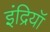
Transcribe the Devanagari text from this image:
इंद्रियॉ